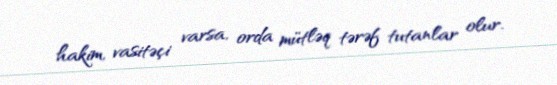
hakim, vasitəçi varsa, orda mütləq tərəf tutanlar olur.